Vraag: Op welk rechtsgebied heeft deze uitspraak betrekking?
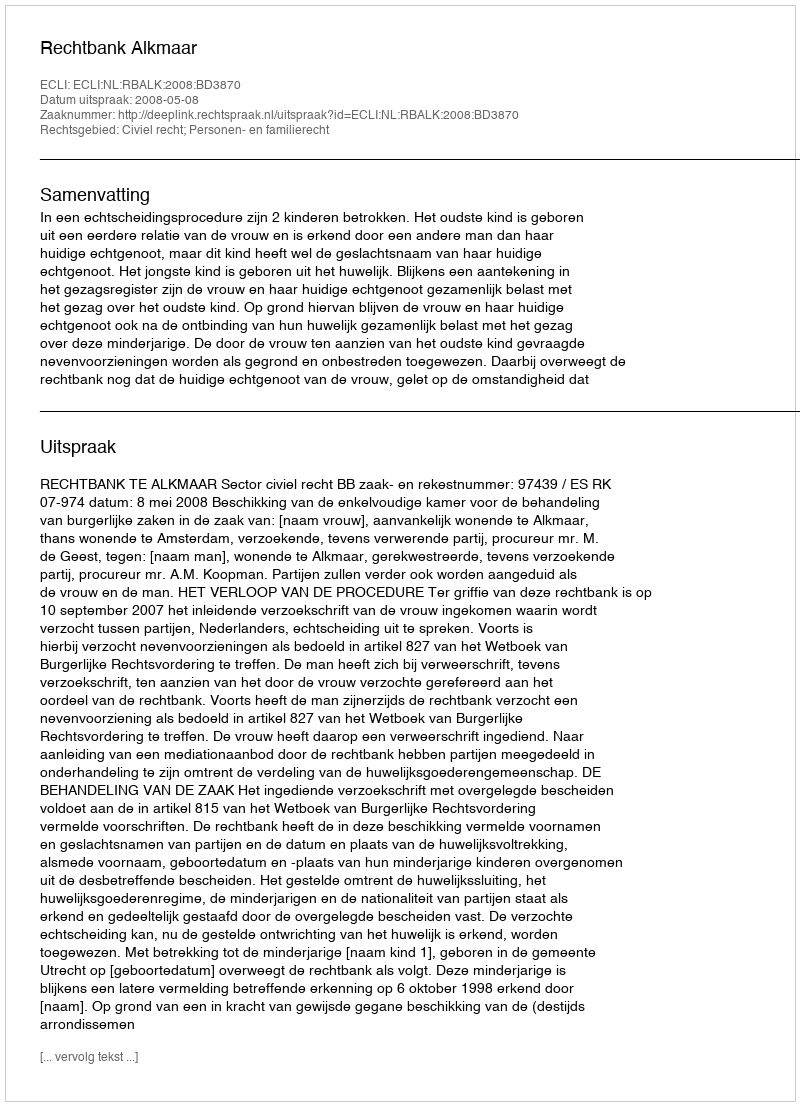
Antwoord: Civiel recht; Personen- en familierecht